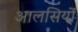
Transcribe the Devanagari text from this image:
आलसियों